Report on sanitation, dispensaries, and jails in Rajputana for 1913, and on vaccination for the year 1913-1914 - 1913-1914
Year: 1913
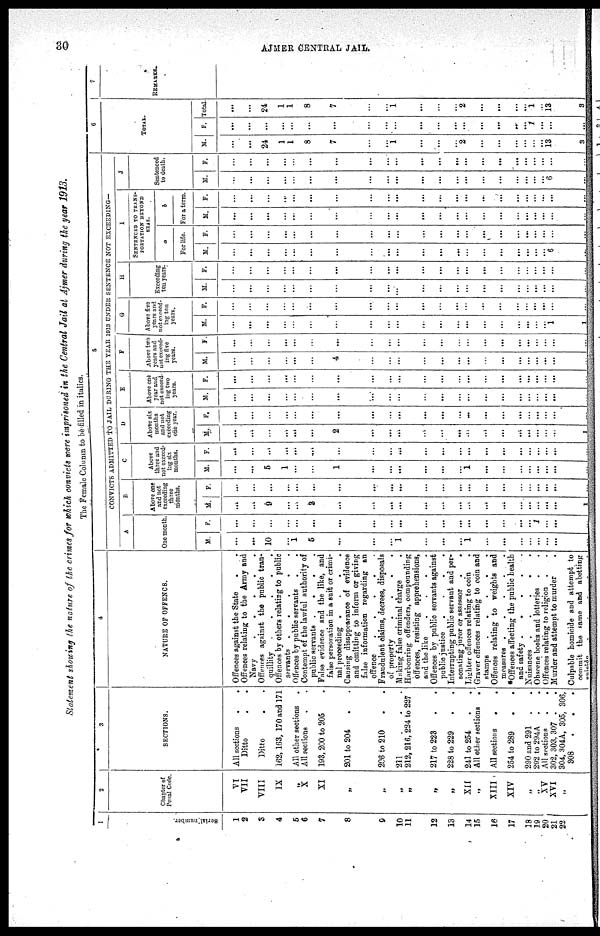
30
AJMER CENTRAL JAIL.
Statement showing the nature of the crimes for which convicts were imprisoned in the Central Jail at Ajmer during the year 1913.
The Female Column to be filled in italics.
1
Serial number.
1
2
3
4
5
6
7
8
9
10
11
12
13
14
15
16
17
18
19
20
21
22
2
Chapter of
Penal Code.
VI
VII
VIII
IX
„
X
XI
„
„
„
„
„
„
XII
„
XIII
XIV
II
„
XV
XVI
II
3
SECTIONS.
All sections
.
.
Ditto . .
Ditto . .
162,163, 170 and 171
All other sections .
All sections . .
193,200 to 205 .
201 to 204 . .
206 to 210 . .
211
.
.
.
212, 216, 224 to 227
217 to 223 . .
228 to 229 . .
241 to 254 . .
All other sections
.
All sections
.
.
254 to 289
290 and 291 . .
292 to 294A
. .
All sections . .
302, 303, 307 . .
304, 304A, 305, 306,
308
.
.
.
4
NATURE OF OFFENCE.
Offences against the State . .
Offences relating to the Army and
Navy
.
.
.
.
.
Offences against the public tran-
quillity
.
.
.
.
.
Offences by others relating to public
servants
.
.
.
.
.
Offences by public servants . .
Contempt of the lawful authority of
public servants
.
.
. .
False evidence and the like, and
false personation in a suit or crimi-
nal proceeding .
.
.
.
Causing disappearance of evidence
and omitting to inform or giving
false information regarding an
offence
.
.
.
.
.
Fraudulent claims, decrees, disposals
of property
.
.
.
.
Making false criminal charge .
Harbouring offenders, compounding
offences, resisting apprehensions,
and the like
.
.
.
.
Offences by public servants against
public justice
.
.
.
.
Interrupting public servant and per-
sonating juror or assessor
.
.
Lighter offences relating to coin .
Graver offences relating to coin and
stamps
.
.
.
.
.
Offences relating to weights and
measures .
.
.
.
.
*Offences affecting the public health
and safety . . . . .
Nuisances
.
.
.
.
.
Obscene books and lotteries . .
Offences relating to religion . .
Murder and attempt to murder .
Culpable homicide and attempt to
commit the same and abetting
suicide
.
.
.
.
.
5
CONVICTS ADMITTED TO JAIL DURING THE YEAR 1913 UNDER SENTENCE NOT EXCEEDING—
A
One month
M.
...
...
10
...
1
5
...
...
...
1
...
...
...
1
...
...
...
...
...
...
...
...
F.
...
...
...
...
...
...
...
...
...
...
...
...
...
...
...
...
...
...
1
...
...
...
B
Above one
and not
exceeding
three
months.
M.
...
...
9
...
...
3
...
...
...
...
...
...
...
...
...
...
...
...
...
...
...
1
F.
...
...
...
...
...
...
...
...
...
...
...
...
...
...
...
...
...
...
...
...
...
...
C
Above
three and
not exceed-
ing six
months.
M.
...
...
5
1
...
...
1
...
...
...
...
...
...
1
...
...
...
...
...
...
...
...
F.
...
...
...
...
...
...
...
...
...
...
...
...
...
...
...
...
...
...
...
...
...
...
D
Above six
months
and not
exceeding
one year.
M.
...
...
...
...
...
...
2
...
...
...
...
...
...
...
...
...
...
...
...
...
...
1
F.
...
...
...
...
...
...
...
...
...
...
...
...
...
...
...
...
...
...
...
...
...
...
E
Above one
year and
not exceed-
ing two
years.
M.
...
...
...
...
...
...
...
...
...
...
...
...
...
...
...
...
...
...
...
...
...
...
F.
...
...
...
...
...
...
...
...
...
...
...
...
...
...
...
...
...
...
...
...
...
...
F
Above two
years and
not exceed-
ing five
years.
M.
...
...
...
...
...
...
4
...
...
...
...
...
...
...
...
...
...
...
...
...
...
...
F.
...
...
...
...
...
...
...
...
...
...
...
...
...
...
...
...
...
...
...
...
...
...
G
Above five
years and
not exceed-
ing ten
years.
M.
...
...
...
...
...
...
...
...
...
...
...
...
...
...
...
...
...
...
...
...
1
1
F.
...
...
...
...
...
...
...
...
...
...
...
...
...
...
...
...
...
...
...
...
...
...
H
Exceeding
ten years.
M.
...
...
...
...
...
...
...
...
...
...
...
...
...
...
...
...
...
...
...
...
...
...
F.
...
...
...
...
...
...
...
...
...
...
...
...
...
...
...
...
...
...
...
...
...
...
I
SENTENCED TO TRANS¬
PORTATION BEYOND
SEAS.
a
For life.
M.
...
...
...
...
...
...
...
...
...
...
...
...
...
...
...
...
...
...
...
...
6
...
F.
...
...
...
...
...
...
...
...
...
...
...
...
...
...
...
...
...
...
...
...
...
...
b
For a term.
M.
...
...
...
...
...
...
...
...
...
...
...
...
...
...
...
...
...
...
...
...
...
...
F.
...
...
...
...
...
...
...
...
...
...
...
...
...
...
...
...
...
...
...
...
...
...
J
Sentenced
to death.
M.
...
...
...
...
...
...
...
...
...
...
...
...
...
...
...
...
...
...
...
...
6
...
F.
...
...
...
...
...
...
...
...
...
...
...
...
...
...
...
...
...
...
...
...
...
...
6
TOTAL.
M.
...
...
24
1
1
8
7
...
...
1
...
...
...
2
...
...
...
...
...
...
13
3
F.
...
...
...
...
...
...
...
...
...
...
...
...
...
...
...
...
...
...
1
...
...
...
Total.
...
...
24
1
1
8
7
...
...
1
...
...
...
2
...
...
...
...
1
...
13
3
7
REMARKS.